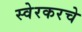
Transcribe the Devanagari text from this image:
स्वेरकरचे